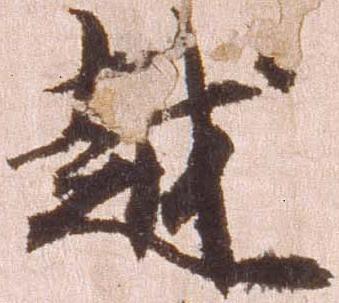
越